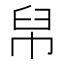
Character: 帠